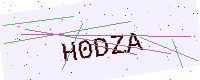
Text: H0DZA